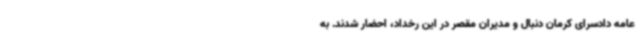
عامه دادسرای کرمان دنبال و مدیران مقصر در این رخداد، احضار شدند. به